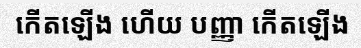
កើតឡើង ហើយ បញ្ញា កើតឡើង